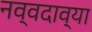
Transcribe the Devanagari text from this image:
नव्वदाव्या